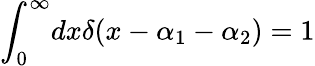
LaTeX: {\int_{0}^{\infty}}dx\delta(x-\alpha_{1}-\alpha_{2})=1